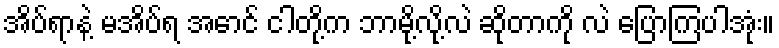
အိပ်ရာနဲ့ မအိပ်ရ အောင် ငါတို့က ဘာမို့လို့လဲ ဆိုတာကို လဲ ပြောကြပါအုံး။